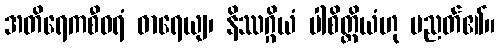
အတိရေကစီဝရံ ဓာရေယျ၊ နိဿဂ္ဂိယံ ပါစိတ္တိယံဟု ပညတ်၏။